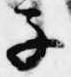
子